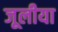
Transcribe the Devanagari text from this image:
जूलीया